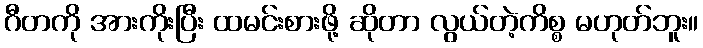
ဂီတကို အားကိုးပြီး ထမင်းစားဖို့ ဆိုတာ လွယ်တဲ့ကိစ္စ မဟုတ်ဘူး။